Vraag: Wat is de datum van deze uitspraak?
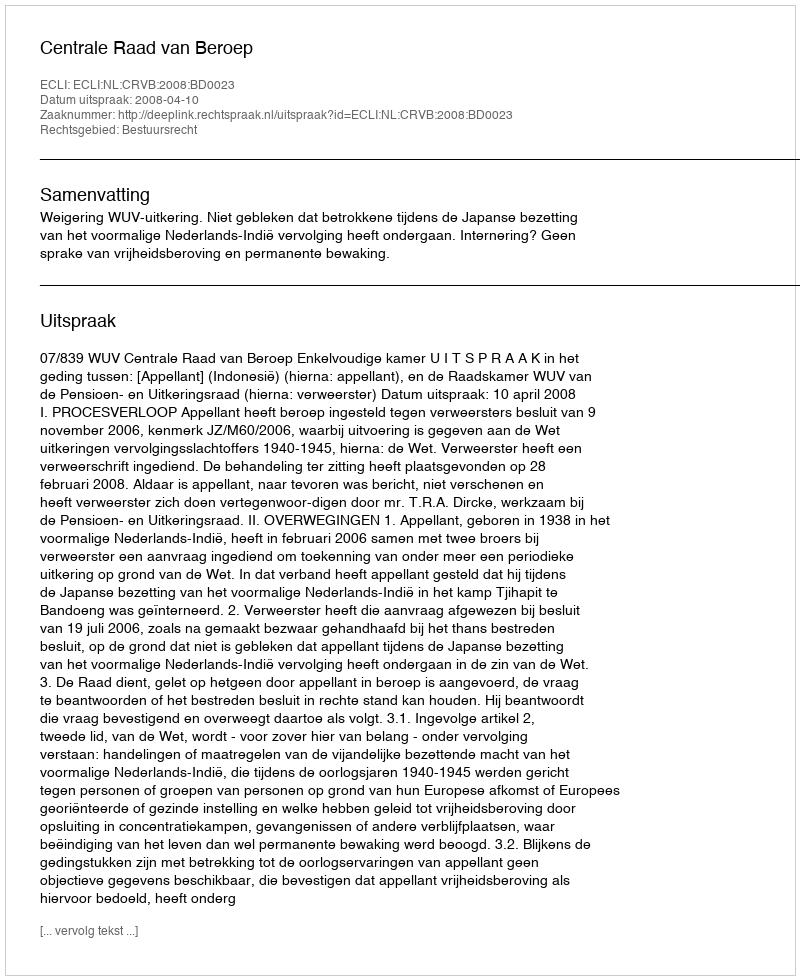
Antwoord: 2008-04-10